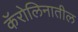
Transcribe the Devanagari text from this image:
कॅरोलिनातील